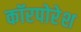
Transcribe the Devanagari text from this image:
कॉरपोरेश